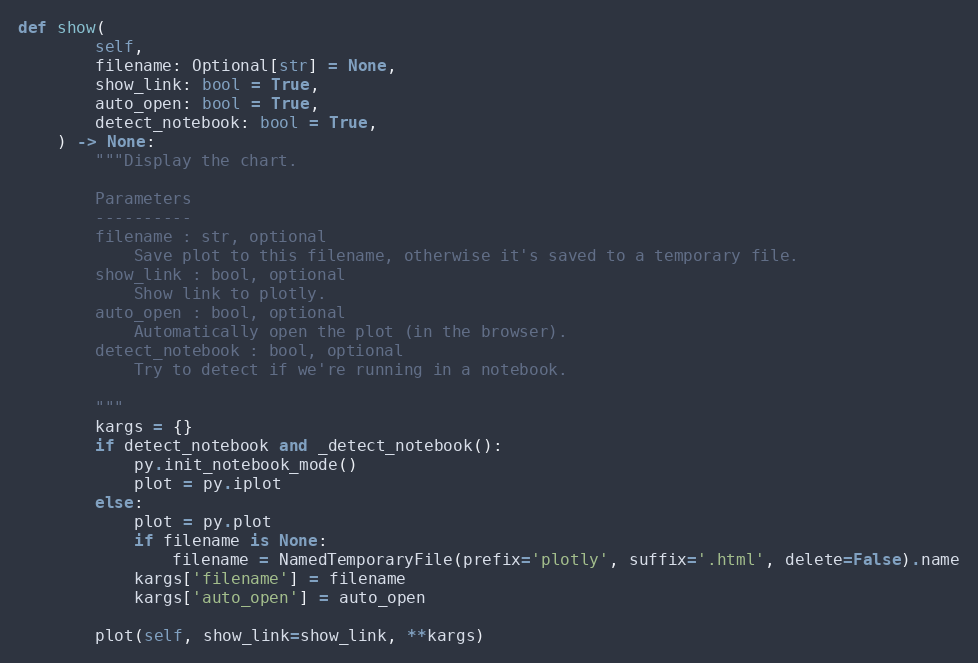
Language: Python
def show(
        self,
        filename: Optional[str] = None,
        show_link: bool = True,
        auto_open: bool = True,
        detect_notebook: bool = True,
    ) -> None:
        """Display the chart.

        Parameters
        ----------
        filename : str, optional
            Save plot to this filename, otherwise it's saved to a temporary file.
        show_link : bool, optional
            Show link to plotly.
        auto_open : bool, optional
            Automatically open the plot (in the browser).
        detect_notebook : bool, optional
            Try to detect if we're running in a notebook.

        """
        kargs = {}
        if detect_notebook and _detect_notebook():
            py.init_notebook_mode()
            plot = py.iplot
        else:
            plot = py.plot
            if filename is None:
                filename = NamedTemporaryFile(prefix='plotly', suffix='.html', delete=False).name
            kargs['filename'] = filename
            kargs['auto_open'] = auto_open

        plot(self, show_link=show_link, **kargs)